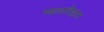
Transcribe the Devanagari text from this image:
ग्वालमैदान